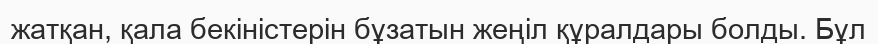
жатқан, қала бекіністерін бұзатын жеңіл құралдары болды. Бұл